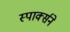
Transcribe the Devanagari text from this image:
स्पार्क्‍सने